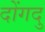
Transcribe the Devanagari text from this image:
दोंगदु